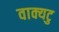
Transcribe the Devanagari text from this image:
वाक्यटु